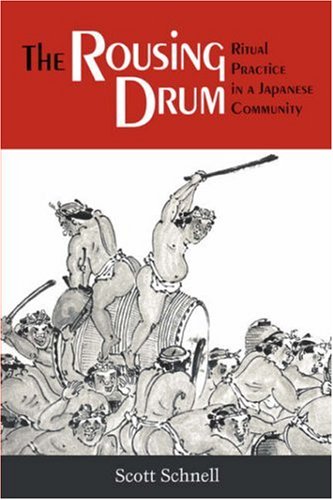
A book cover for Rousing Drum: Ritual Practice in a Japanese Community; Scott Schnell; Religion & Spirituality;